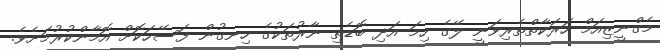
މެގްނީޒިއަމް ހަރަކާތްތެރިވަނީ ލޭގެ ހިމަ އަދި ބޮޑެތި ނާރުތަކުގެ ހިނގުން ފަސޭހަކޮށް އޮމާންކުރުމަށެވެ.